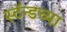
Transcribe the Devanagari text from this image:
स्टॅन्डच्या